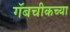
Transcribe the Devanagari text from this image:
गॅबचीकच्या